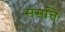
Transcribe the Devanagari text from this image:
संसत्ति